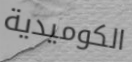
الكوميدية